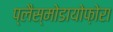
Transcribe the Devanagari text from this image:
प्लैस्मोडायोफ़ोरा